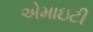
એમાઇટી